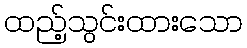
ထည့်သွင်းထားသော